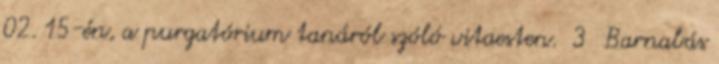
02. 15-én, a purgatórium tanáról szóló vitaesten. 3 Barnabás